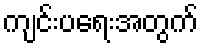
ကျင်းပရေးအတွက်